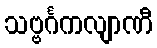
သဗ္ဗင်္ဂကလျာဏီ